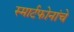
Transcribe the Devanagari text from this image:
स्मार्टफोनांचे